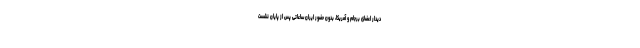
دیدار اعضای برجام و آمریکا، بدون حضور ایران ساعاتی پس از پایان نشست